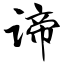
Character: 谛